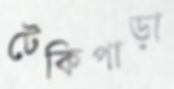
টেকিপাড়া